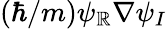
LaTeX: (\hbar/m)\psi_{\mathbb{R}}\nabla\psi_{I}